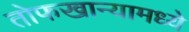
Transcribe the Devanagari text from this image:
तोफखान्यामध्ये